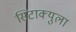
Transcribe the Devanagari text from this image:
सिटाक्युला